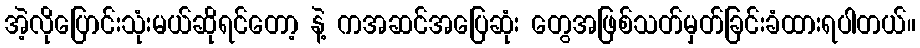
အဲ့လိုပြောင်းသုံးမယ်ဆိုရင်တော့ နဲ့ ကအဆင်အပြေဆုံး တွေအဖြစ်သတ်မှတ်ခြင်းခံထားရပါတယ်။